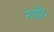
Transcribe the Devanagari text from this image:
नेत्रादि